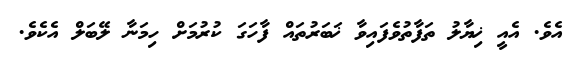
އެވެ. އެއީ ޚިޔާލު ތަފާތުވެފައިވާ ޚަބަރުތައް ފާހަގަ ކުރުމަށް ހިމަނާ ލޭބަލް އެކެވެ.